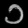
Digit: ၁